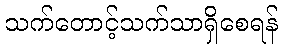
သက်တောင့်သက်သာရှိစေရန်